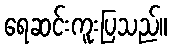
ရေဆင်းကူးပြသည်။